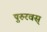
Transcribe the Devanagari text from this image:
पुरुरवस्‌